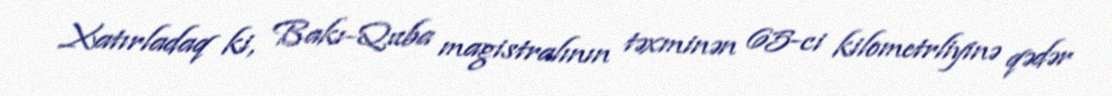
Xatırladaq ki, Bakı-Quba magistralının təxminən 65-ci kilometrliyinə qədər